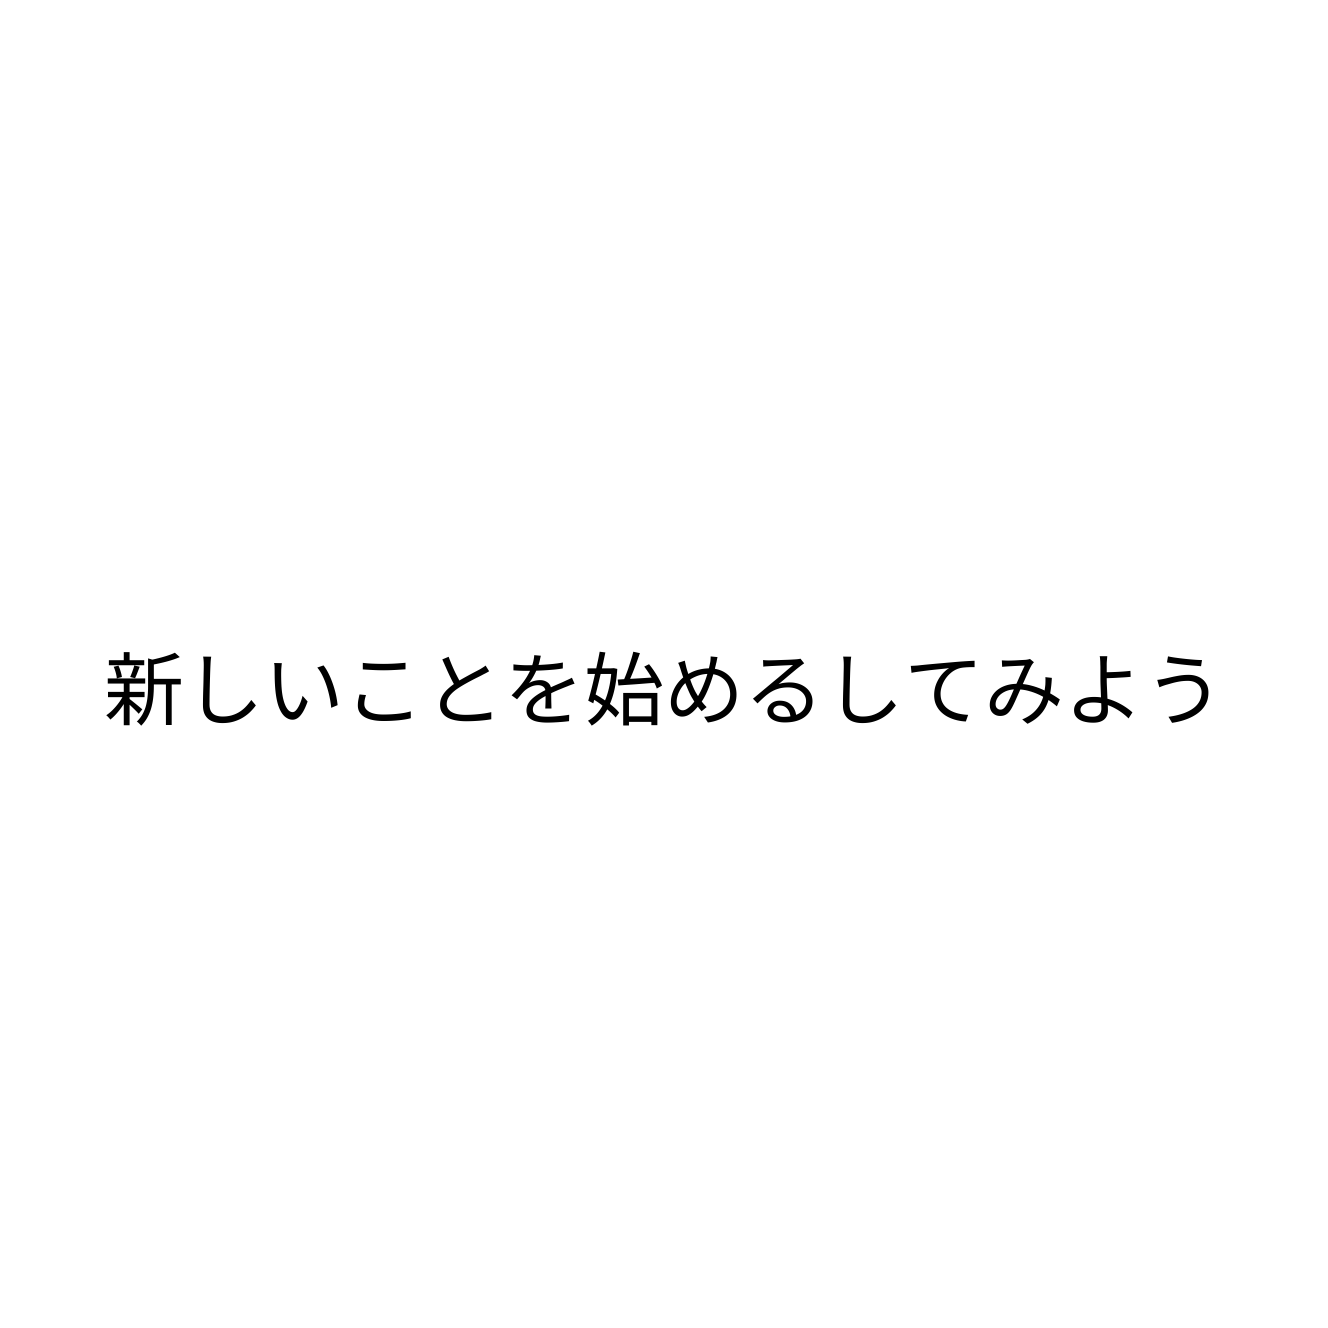
新しいことを始めるしてみよう